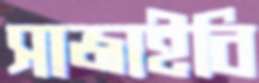
সাজাইবি